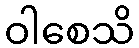
ဝါစေသိ